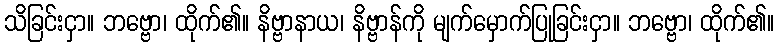
သိခြင်းငှာ။ ဘဗ္ဗော၊ ထိုက်၏။ နိဗ္ဗာနာယ၊ နိဗ္ဗာန်ကို မျက်မှောက်ပြုခြင်းငှာ။ ဘဗ္ဗော၊ ထိုက်၏။